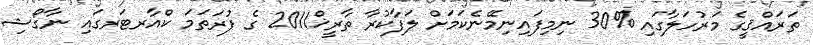
ތަރައްޤީގެ މަރުހަލާގައި %30 ނިމިފައިނިމޭނެކަމަށް ލަފާކުރާ ތާރީޚް2011 ގެ ފުރަތަމަ ކްއާރޓަރގައި ނާގޯޝި